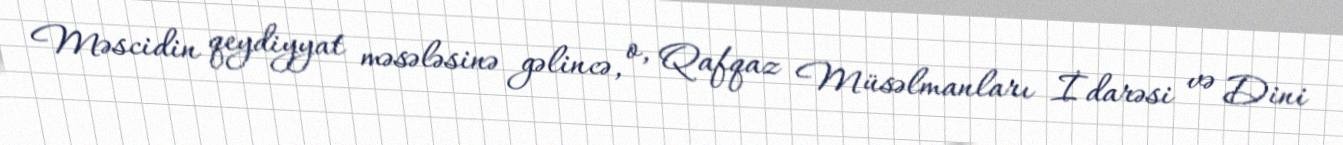
Məscidin qeydiyyat məsələsinə gəlincə, o, Qafqaz Müsəlmanları İdarəsi və Dini